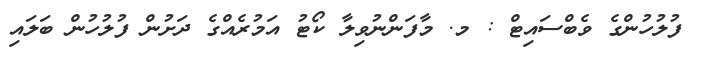
ފުލުހުންގެ ވެބްސައިޓް : މ. މާފަންނުވިލާ ކޯޓު އަމުރެއްގެ ދަށުން ފުލުހުން ބަލައި